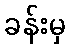
ခန်းမှ